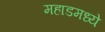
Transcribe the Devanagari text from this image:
महाडमध्ये